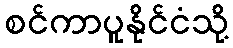
စင်ကာပူနိုင်ငံသို့